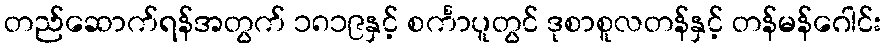
တည်ဆောက်ရန်အတွက် ၁၈၁၉နှင့် စင်္ကာပူတွင် ဒုစာစူလတန်နှင့် တန်မန်ဂေါင်း